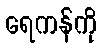
ရေကန်ကို